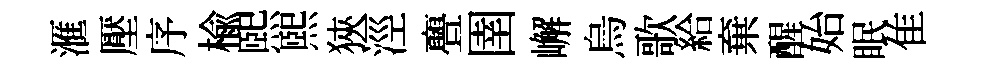
滙壓序楡熙熙狹涇亹圉嶰烏歌給棄醒始眠隹